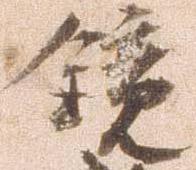
鏡